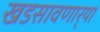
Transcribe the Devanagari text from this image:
खडसावणार्‍या